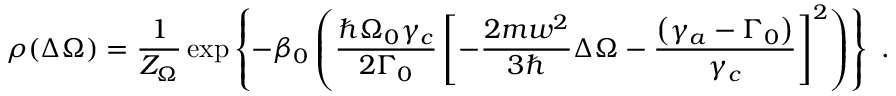
\rho ( \Delta \Omega ) = \frac { 1 } { Z _ { \Omega } } \exp \left\{ - \beta _ { 0 } \left( \frac { \hbar \Omega _ { 0 } \gamma _ { c } } { 2 \Gamma _ { 0 } } \left[ - \frac { 2 m w ^ { 2 } } { 3 \hbar } \Delta \Omega - \frac { \left( \gamma _ { a } - \Gamma _ { 0 } \right) } { \gamma _ { c } } \right] ^ { 2 } \right) \right\} \mathrm { ~ . ~ }